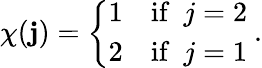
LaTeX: \chi(\mathbf{j})=\left\{ \begin{array}{cl}{{1}}&{{\mathrm{if}\ \ j=2}}\\ {{2}}&{{\mathrm{if}\ \ j=1}}\end{array}\right.\ .